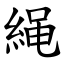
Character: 䋲